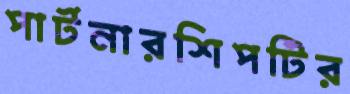
পার্টনারশিপটির